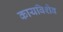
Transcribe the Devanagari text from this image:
कायबिशेव